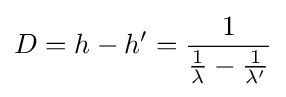
D=h-h'={\frac {1}{{\frac {1}{\lambda }}-{\frac {1}{\lambda '}}}}